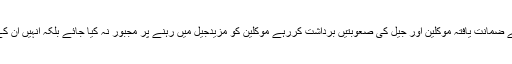
دفاعی وکلاء عبدالوہاب خان اور شریف شیخ نے عدالت سے مودبانہ گذارش کی کہ ان کے ضمانت یافتہ موکلین اور جیل کی صعوبتیں برداشت کررہے موکلین کو مزیدجیل میں رہنے پر مجبور نہ کیا جائے بلکہ انہیں ان کے ذریعہ جیل میں گذارے گئے دس سالوں کوہی سزا مانتے ہوئے انہیں رہا کردیا جائے ۔